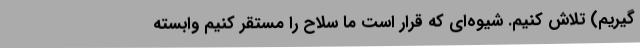
گیریم) تلاش کنیم. شیوه‌ای که قرار است ما سلاح را مستقر کنیم وابسته